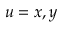
u = x , y